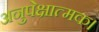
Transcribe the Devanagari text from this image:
अनुपेक्षात्मक।